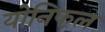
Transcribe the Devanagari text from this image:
योनिफल